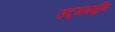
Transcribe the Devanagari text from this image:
उद्गमभूमि